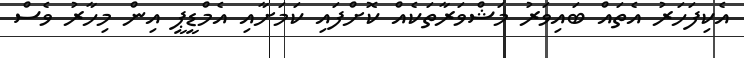
އެކިފަހަރު އެތައް ބައިވަރު މަޝްވަރާތަކެއް ކޮށްފައި ކަމަށާއި އެމްޑީޕީ އިން މިހާރު ވެސް